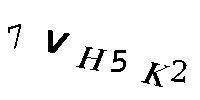
7VH5K2